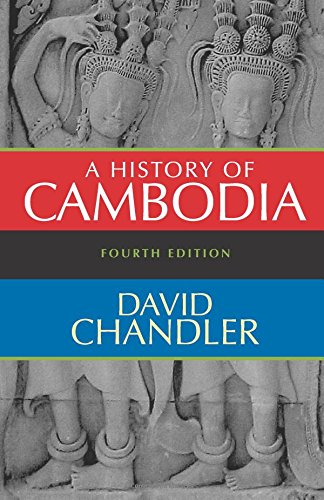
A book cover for A History of Cambodia, 4th Edition; David Chandler; History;